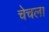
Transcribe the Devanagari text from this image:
चेचला